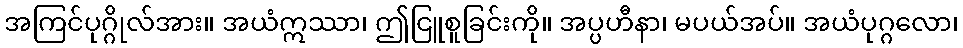
အကြင်ပုဂ္ဂိုလ်အား။ အယံဣဿာ၊ ဤငြူစူခြင်းကို။ အပ္ပဟီနာ၊ မပယ်အပ်။ အယံပုဂ္ဂလော၊